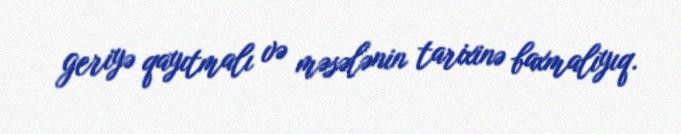
geriyə qayıtmalı və məsələnin tarixinə baxmalıyıq.